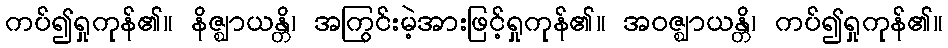
ကပ်၍ရှုကုန်၏။ နိဇ္ဈာယန္တိ၊ အကြွင်းမဲ့အားဖြင့်ရှုကုန်၏။ အဝဇ္ဈာယန္တိ၊ ကပ်၍ရှုကုန်၏။